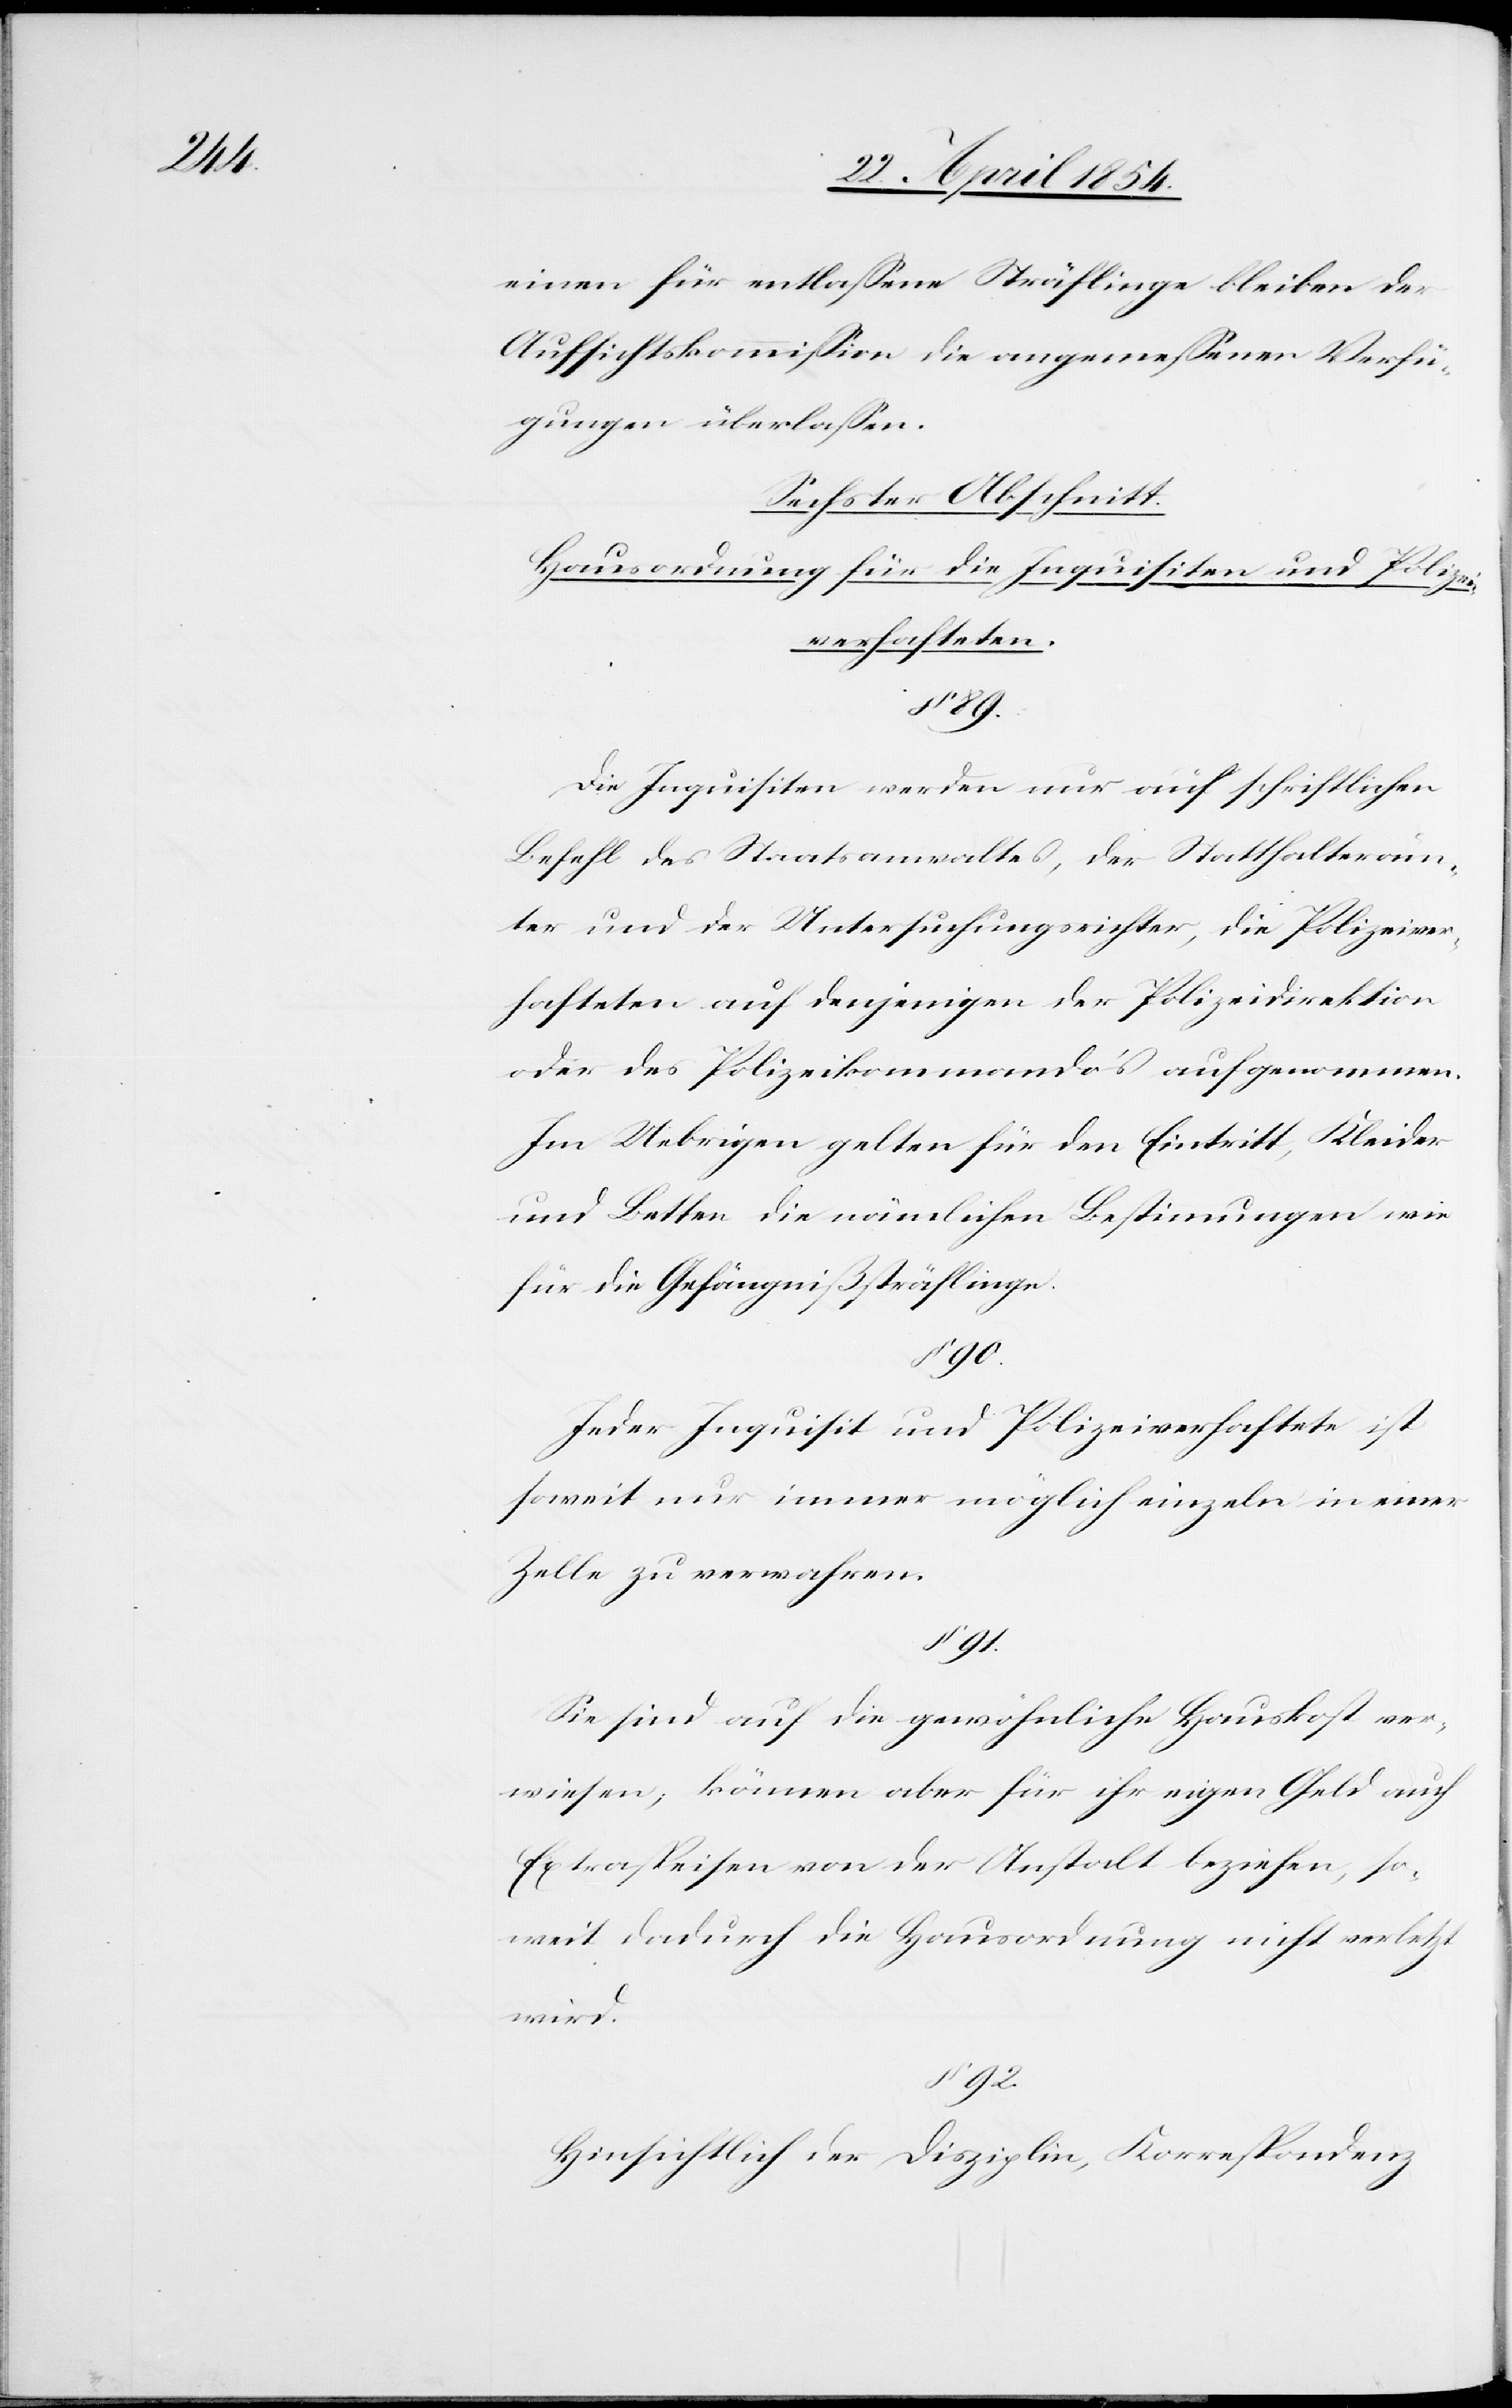
einen für entlaßene Sträflinge bleiben der
Aufsichtskommißion die angemeßenen Verfü¬
gungen überlaßen.
Sechster Abschnitt.
Hausordnung für die Inquisiten und Polizei¬
verhafteten.
89.
Die Inquisiten werden nur auf schriftlichen
Befehl des Staatsanwaltes, der Statthalteräm¬
ter und der Untersuchungsrichter, die Polizeiver¬
hafteten auf denjenigen der Polizeidirektion
oder des Polizeikommando’s aufgenommen.
Im Uebrigen gelten für den Eintritt, Kleider
und Betten die nämlichen Bestimmungen wie
für die Gefängnißsträflinge.
§ 90.
Jeder Inquisit und Polizeiverhaftete ist
soweit nur immer möglich einzeln in einer
Zelle zu verwahren.
§ 91.
Sie sind auf die gewöhnliche Hauskost ver¬
wiesen, können aber für ihr eigen Geld auch
Extraspeisen von der Anstalt beziehen, so¬
weit dadurch die Hausordnung nicht verletzt
wird.
§ 92.
Hinsichtlich der Disziplin, Korrespondenz